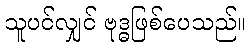
သူပင်လျှင် ဗုဒ္ဓဖြစ်ပေသည်။